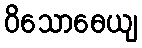
ဝိသောဓေယျ